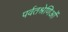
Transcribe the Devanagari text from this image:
पर्वतश्रेणिओं